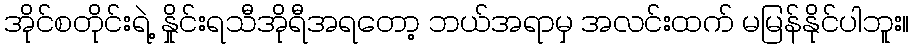
အိုင်စတိုင်းရဲ့ နှိုင်းရသီအိုရီအရတော့ ဘယ်အရာမှ အလင်းထက် မမြန်နိုင်ပါဘူး။